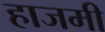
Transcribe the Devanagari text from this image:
हाजमी